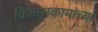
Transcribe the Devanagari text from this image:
विकासकामांच्या